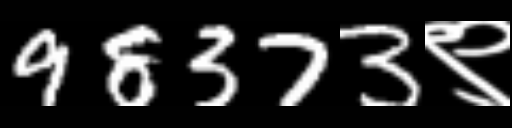
Text: 98373९